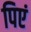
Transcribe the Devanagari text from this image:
पिएं